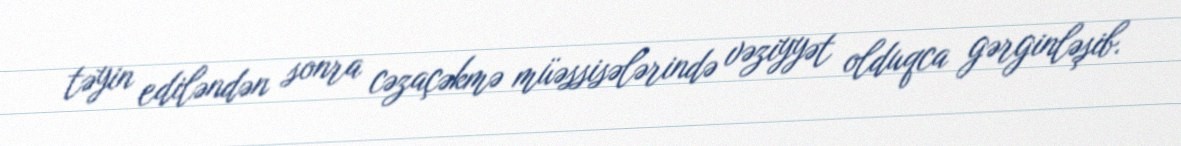
təyin ediləndən sonra cəzaçəkmə müəssisələrində vəziyyət olduqca gərginləşib.